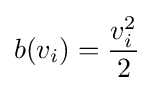
b(v_{i})={\frac {v_{i}^{2}}{2}}